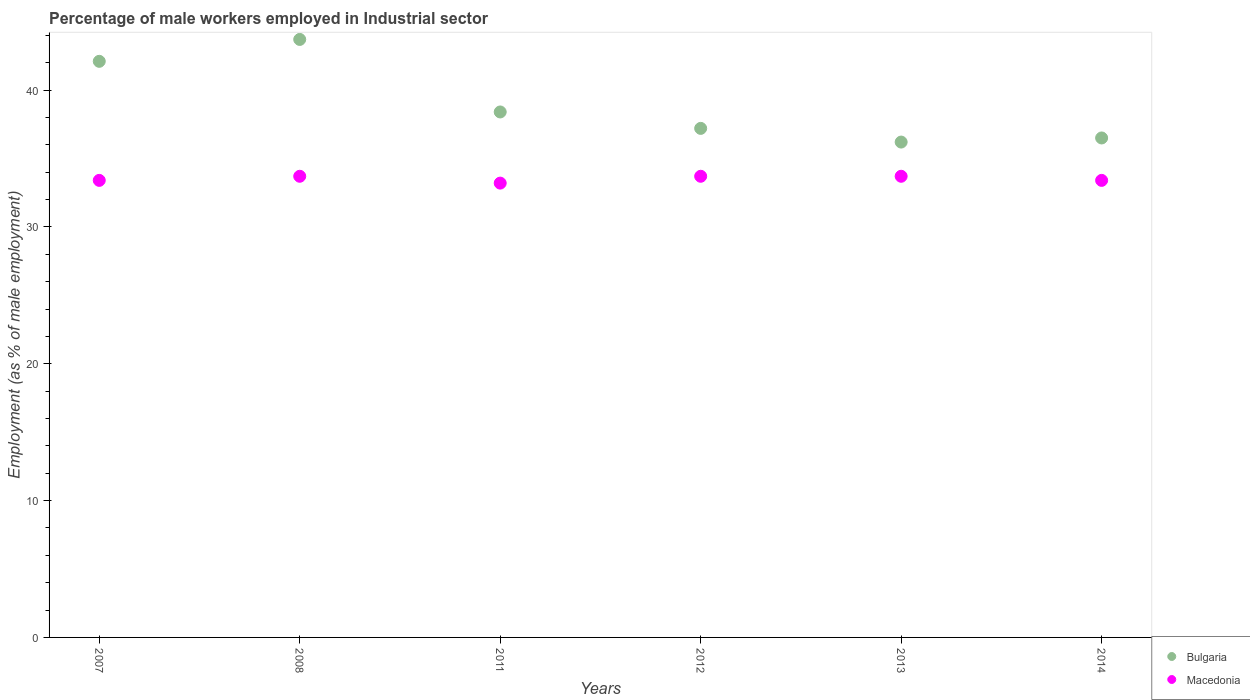
| Years | Bulgaria | Macedonia |
 | --- | --- | --- |
 | 2007 | 42.1 | 33.4 |
 | 2008 | 43.7 | 33.7 |
 | 2011 | 38.4 | 33.2 |
 | 2012 | 37.2 | 33.7 |
 | 2013 | 36.2 | 33.7 |
 | 2014 | 36.5 | 33.4 |